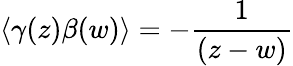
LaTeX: \left\langle\gamma(z)\beta(w)\right\rangle=-\frac 1{(z-w)}